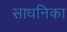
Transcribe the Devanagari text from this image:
साधनिका